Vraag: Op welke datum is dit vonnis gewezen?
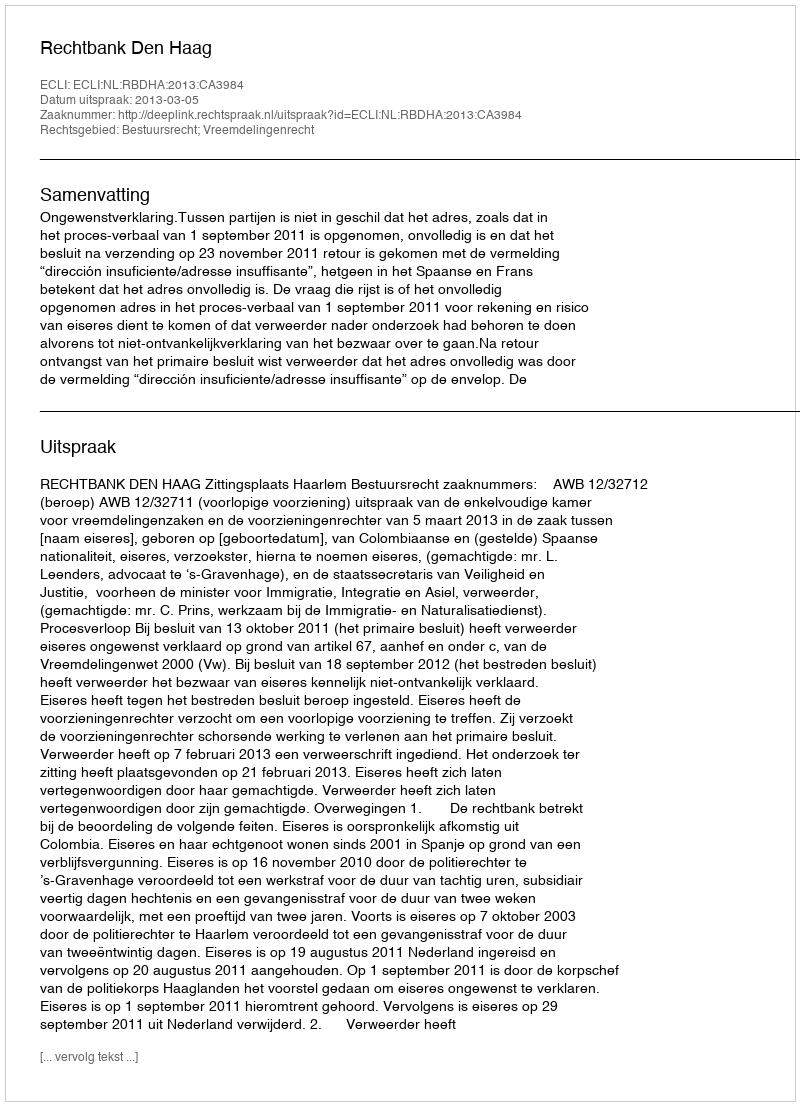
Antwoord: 2013-03-05